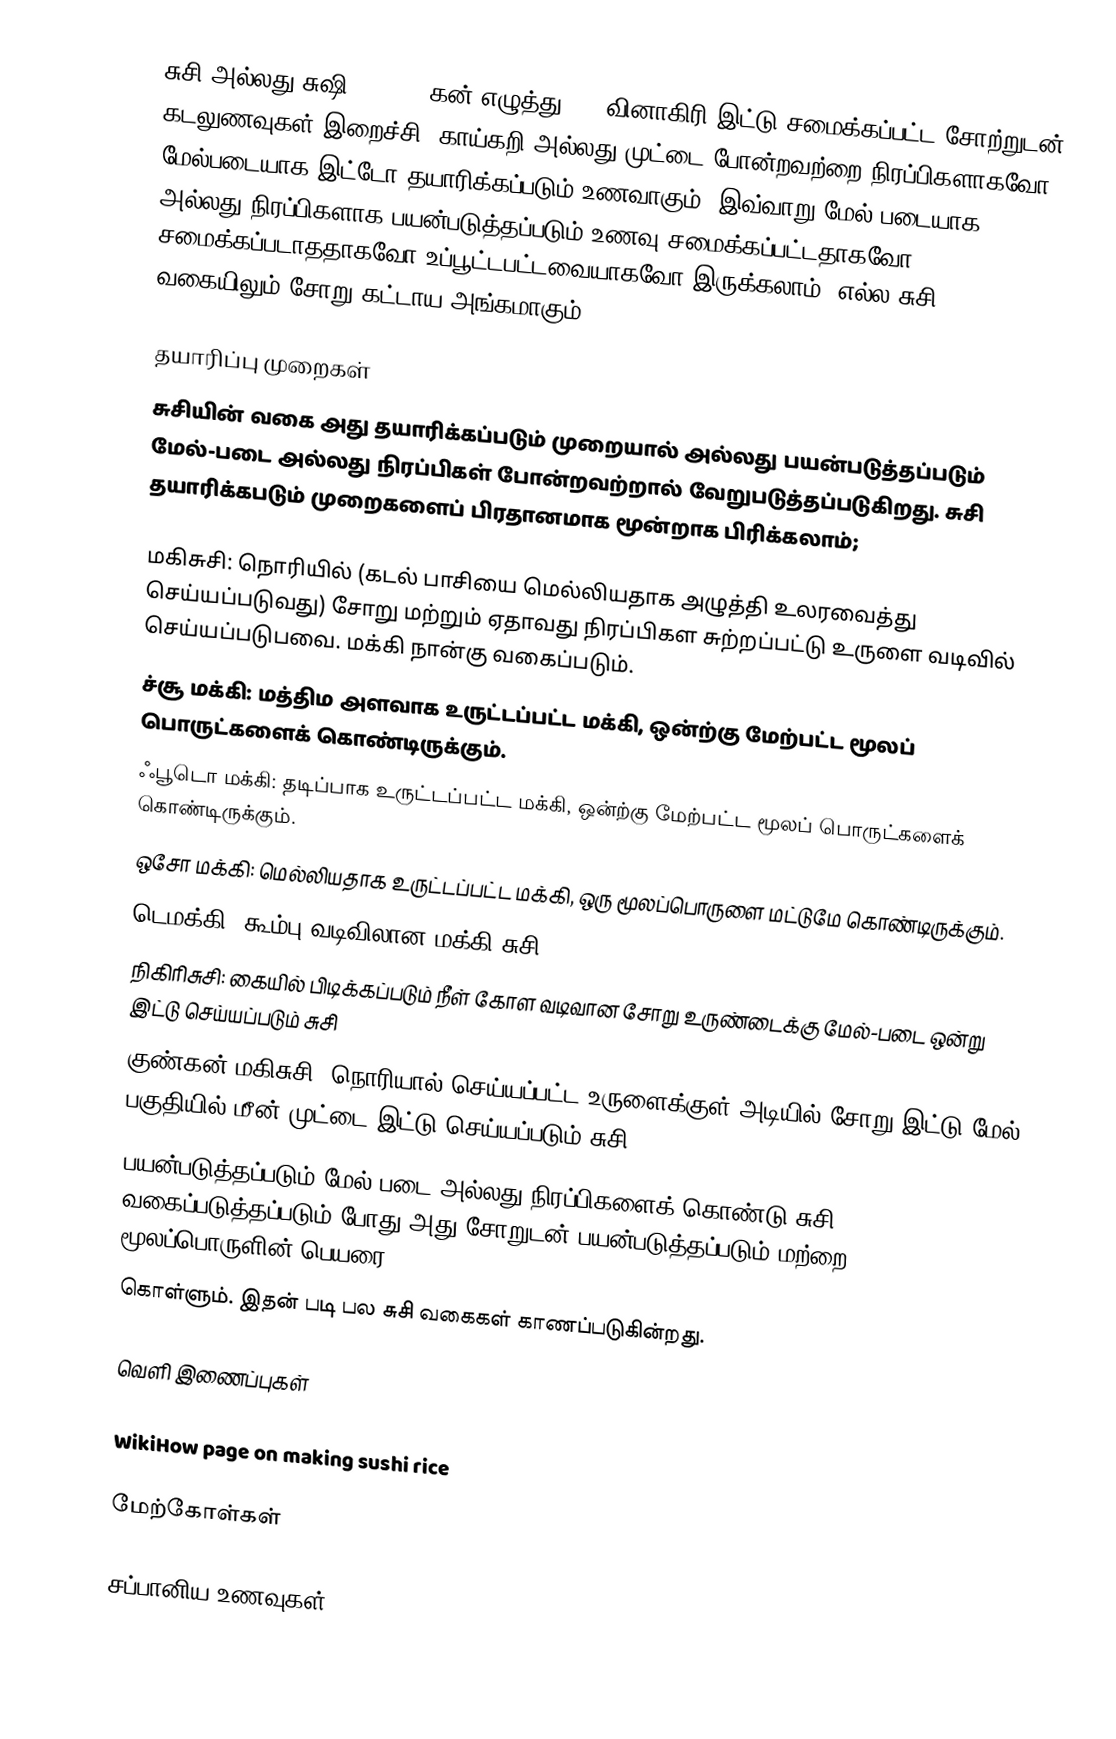
சுசி அல்லது சுஷி (Sushi; கன் எழுத்து:寿司) வினாகிரி இட்டு சமைக்கப்பட்ட சோற்றுடன் கடலுணவுகள் இறைச்சி, காய்கறி அல்லது முட்டை போன்றவற்றை நிரப்பிகளாகவோ மேல்படையாக இட்டோ தயாரிக்கப்படும் உணவாகும். இவ்வாறு மேல்-படையாக அல்லது நிரப்பிகளாக பயன்படுத்தப்படும் உணவு சமைக்கப்பட்டதாகவோ, சமைக்கப்படாததாகவோ உப்பூட்டபட்டவையாகவோ இருக்கலாம். எல்ல சுசி வகையிலும் சோறு கட்டாய அங்கமாகும்.

தயாரிப்பு முறைகள்
சுசியின் வகை அது தயாரிக்கப்படும் முறையால் அல்லது பயன்படுத்தப்படும் மேல்-படை அல்லது நிரப்பிகள் போன்றவற்றால் வேறுபடுத்தப்படுகிறது. சுசி தயாரிக்கபடும் முறைகளைப் பிரதானமாக மூன்றாக பிரிக்கலாம்;

 மகிசுசி: நொரியில் (கடல் பாசியை மெல்லியதாக அழுத்தி உலரவைத்து செய்யப்படுவது) சோறு மற்றும் ஏதாவது நிரப்பிகள சுற்றப்பட்டு உருளை வடிவில் செய்யப்படுபவை. மக்கி நான்கு வகைப்படும்.
 ச்சூ மக்கி: மத்திம அளவாக உருட்டப்பட்ட மக்கி, ஒன்ற்கு மேற்பட்ட மூலப் பொருட்களைக் கொண்டிருக்கும்.
 ஃபூடொ மக்கி: தடிப்பாக உருட்டப்பட்ட மக்கி, ஒன்ற்கு மேற்பட்ட மூலப் பொருட்களைக் கொண்டிருக்கும்.
 ஒசோ மக்கி: மெல்லியதாக உருட்டப்பட்ட மக்கி, ஒரு மூலப்பொருளை மட்டுமே கொண்டிருக்கும்.
 டெமக்கி: கூம்பு வடிவிலான மக்கி சுசி
 நிகிரிசுசி: கையில் பிடிக்கப்படும் நீள் கோள வடிவான சோறு உருண்டைக்கு மேல்-படை ஒன்று இட்டு செய்யப்படும் சுசி
 குண்கன் மகிசுசி: நொரியால் செய்யப்பட்ட உருளைக்குள் அடியில் சோறு இட்டு மேல் பகுதியில் மீன் முட்டை இட்டு செய்யப்படும் சுசி
பயன்படுத்தப்படும் மேல்-படை அல்லது நிரப்பிகளைக் கொண்டு சுசி வகைப்படுத்தப்படும் போது அது சோறுடன் பயன்படுத்தப்படும் மற்றை மூலப்பொருளின் பெயரை
கொள்ளும். இதன் படி பல சுசி வகைகள் காணப்படுகின்றது.

வெளி இணைப்புகள்

 WikiHow page on making sushi rice

மேற்கோள்கள்

சப்பானிய உணவுகள்